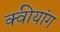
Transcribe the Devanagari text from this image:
क्वीयांग